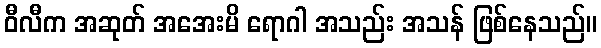
ဝီလီက အဆုတ် အအေးမိ ရောဂါ အသည်း အသန် ဖြစ်နေသည်။